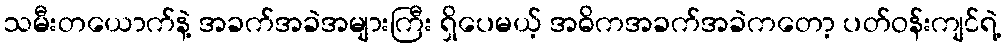
သမီးတယောက်နဲ့ အခက်အခဲအများကြီး ရှိပေမယ့် အဓိကအခက်အခဲကတော့ ပတ်ဝန်းကျင်ရဲ့